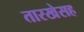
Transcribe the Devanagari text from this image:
तारखेसह